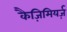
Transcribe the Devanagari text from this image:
कैज़िमियर्ज़